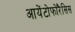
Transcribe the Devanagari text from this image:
आयेंटोफोरैसिस